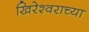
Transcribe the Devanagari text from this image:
खिरेश्वराच्या